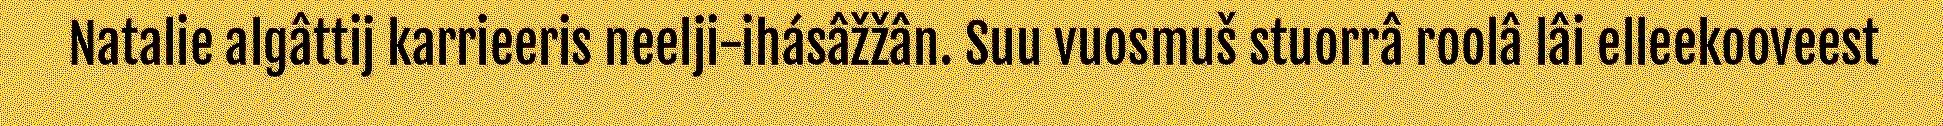
Natalie algâttij karrieeris neelji-ihásâžžân. Suu vuosmuš stuorrâ roolâ lâi elleekooveest